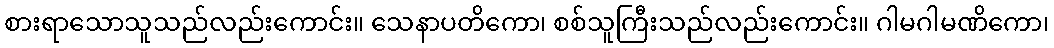
စားရာသောသူသည်လည်းကောင်း။ သေနာပတိကော၊ စစ်သူကြီးသည်လည်းကောင်း။ ဂါမဂါမဏိကော၊